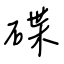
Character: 碟